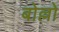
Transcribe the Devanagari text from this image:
बोल्लो